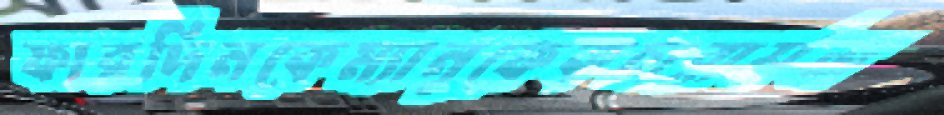
ফারদিনকেম্যানুফেকচারার্সজ